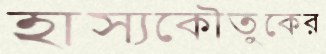
হাস্যকৌতুকের